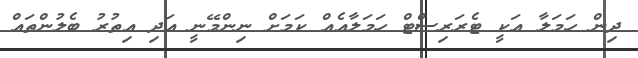
ދިން ހަމަލާ އަކީ ޓެރަރިސްޓް ހަމަލާއެއް ކަމަށް ނިންމޭނީ އަދި އިތުރު ބެލުންތައް